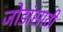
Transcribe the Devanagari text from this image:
जोडांसाठी